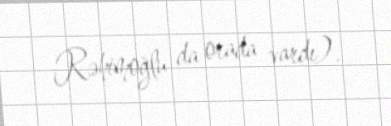
Rəhimoğlu da orada vardı).